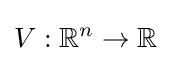
V:\mathbb {R} ^{n}\rightarrow \mathbb {R}